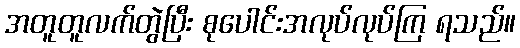
အတူတူလက်တွဲပြီး စုပေါင်းအလုပ်လုပ်ကြ ရသည်။